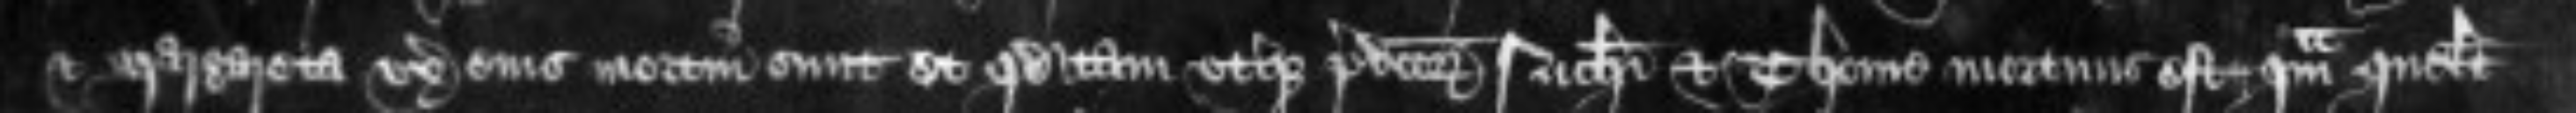
et Margareta uxor eius mortui sunt et quod tam uterque predictorum Nicholai et Thome mortuus est quam quelibet